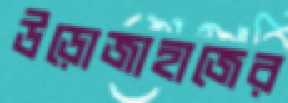
উড়োজাহাজের